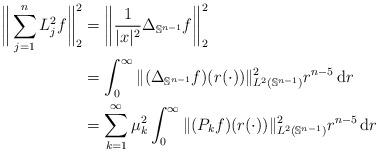
LaTeX: \begin{align*}\bigg\|\sum_{j=1}^n L_j^2 f \bigg\|_{2}^2 & = \bigg\|\frac{1}{|x|^2} \Delta_{\mathbb{S}^{n-1}} f \bigg\|_{2}^2 \\& = \int_0^\infty \| (\Delta_{\mathbb{S}^{n-1}} f)(r(\cdot)) \|_{L^2(\mathbb{S}^{n-1})}^2 r^{n-5} \, \mathrm{d}r \\& = \sum_{k=1}^\infty \mu_k^2\int_0^\infty \| (P_k f)(r(\cdot)) \|_{L^2(\mathbb{S}^{n-1})}^2 r^{n-5} \, \mathrm{d}r\end{align*}